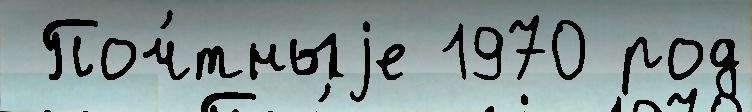
 Поч́тныjе 1970 род